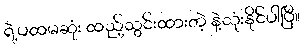
ရဲ့ပထမဆုံး ထည့်သွင်းထားတဲ့ နဲ့သုံးနိုင်ပါပြီ။